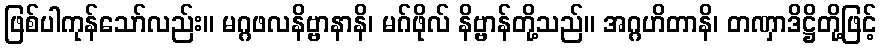
ဖြစ်ပါကုန်သော်လည်း။ မဂ္ဂဖလနိဗ္ဗာနာနိ၊ မဂ်ဖိုလ် နိဗ္ဗာန်တို့သည်။ အဂ္ဂဟိတာနိ၊ တဏှာဒိဋ္ဌိတို့ဖြင့်